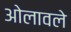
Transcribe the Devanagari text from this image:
ओलावले